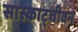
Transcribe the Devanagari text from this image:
सास्काट्चीवन